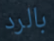
بالرد